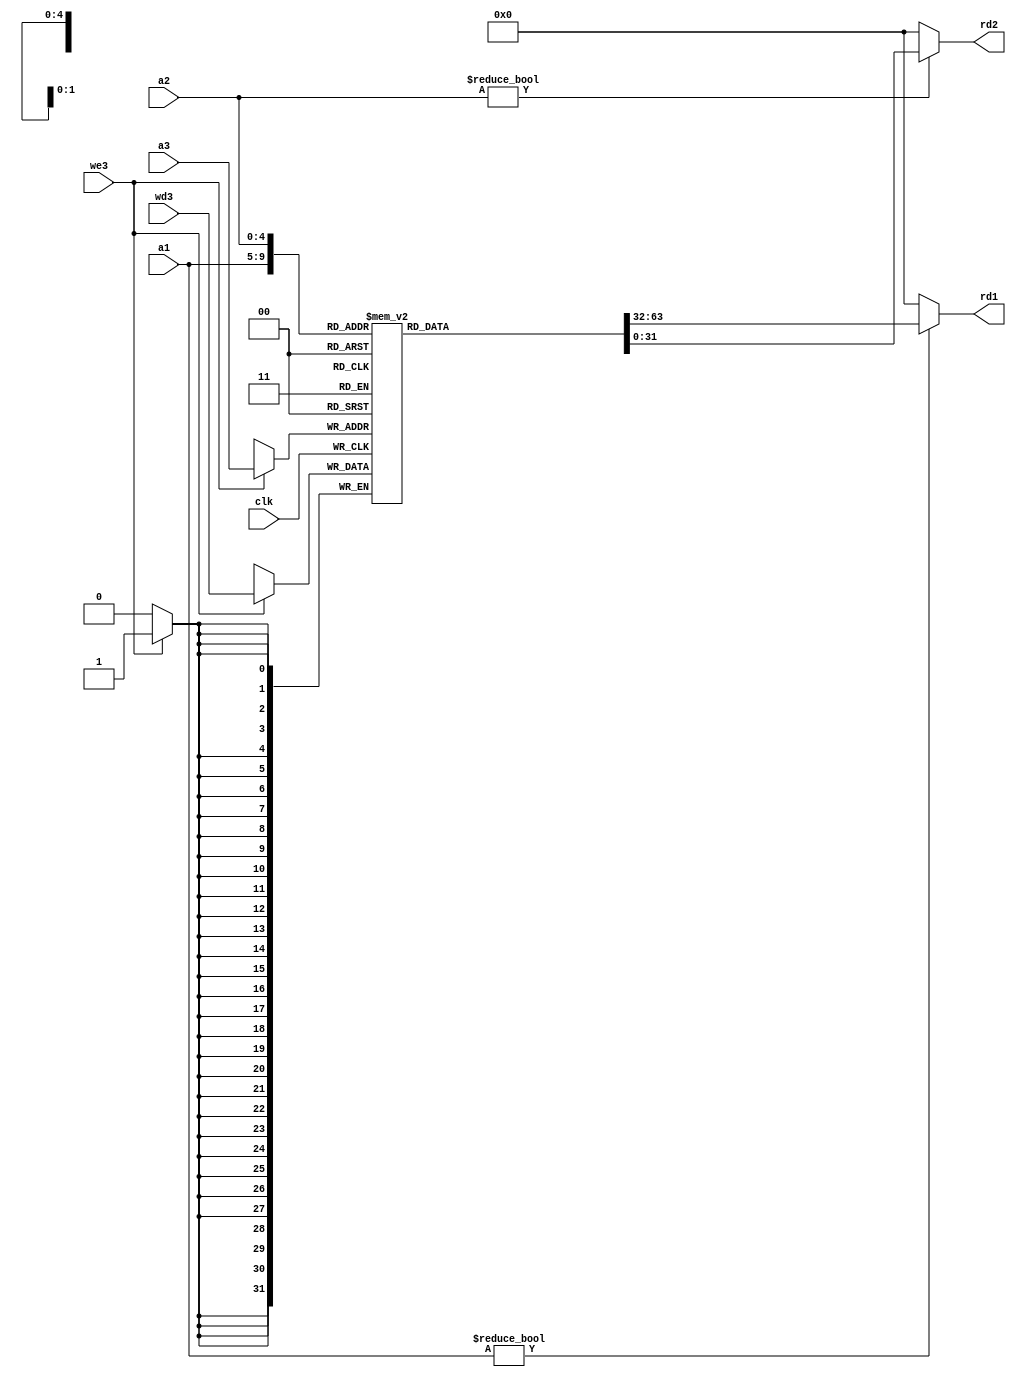
//register file 
//three ported
//async two ports for read [a1/rd1  ,  a2/rd2]
//sync one port for write [a3,wd3,we3]
//if read_address==0  >> output=0  (X0=0)

module reg_file (input   clk,we3, 
                 input   [4:0]  a1, a2, a3, 
                 input   [31:0] wd3, 
                 output  [31:0] rd1, rd2);

reg [31:0] reg_f [31:0];

//write operation
  always@(posedge clk)
    if (we3) reg_f[a3] <= wd3;	
//read operation
//if read address == 0 then rd=0 ,   else rd=reg_f[a]
  assign rd1 = (a1 != 0) ? reg_f[a1] : 32'd0;
  assign rd2 = (a2 != 0) ? reg_f[a2] : 32'd0;
endmodule